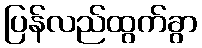
ပြန်လည်ထွက်ခွာ